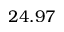
2 4 . 9 7